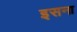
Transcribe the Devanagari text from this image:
इसना